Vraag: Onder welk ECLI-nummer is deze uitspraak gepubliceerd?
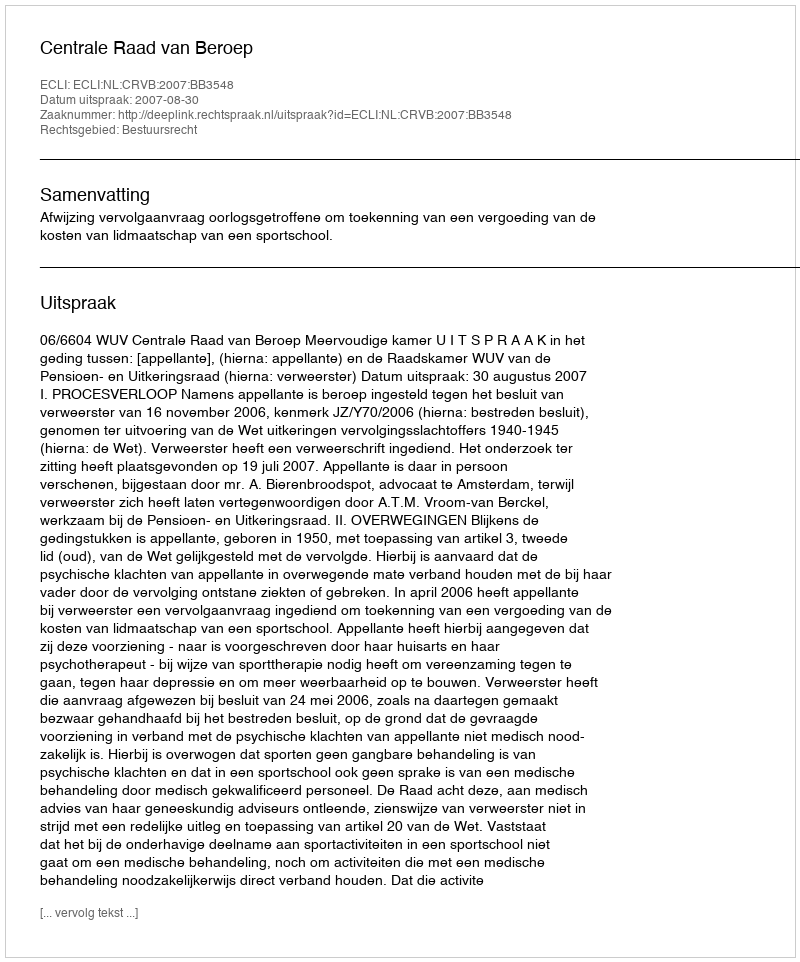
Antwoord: ECLI:NL:CRVB:2007:BB3548